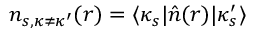
n _ { s , \kappa \neq \kappa ^ { \prime } } ( \boldsymbol { r } ) = \langle \kappa _ { s } | \hat { n } ( \boldsymbol { r } ) | \kappa _ { s } ^ { \prime } \rangle